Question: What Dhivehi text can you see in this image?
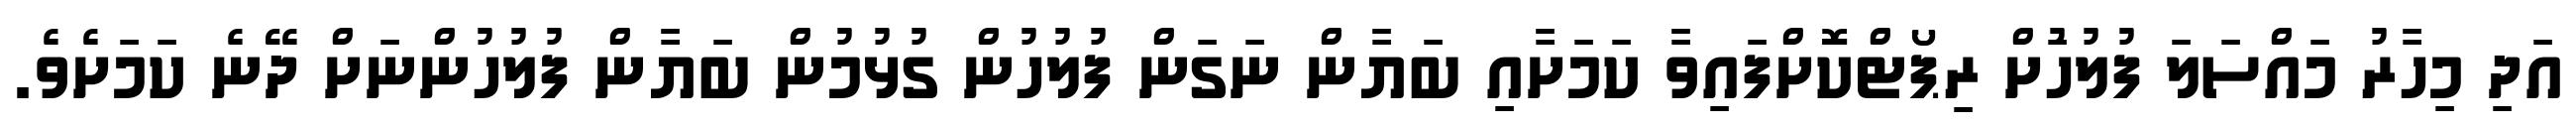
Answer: އަދި މިހާރު މައްސަލަ ފުލުހުަށް ރިޕޯޓްކޮށްފައިވާ ކަމަށާއި ބަޔާން ނަގަން ފުލުހުން ގުޅުމުން ބަޔާން ފުލުހުންނަށް ދޭނެ ކަމަށެވެ.